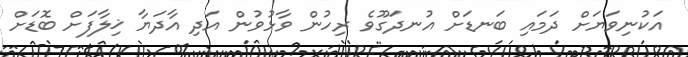
އަކުނިވަޔަށް ދަމައި ބަނޑަށް އުނދަގޫވެ ރިހުން ވާޅުވުން އަދި އާދަޔާ ޚިލާފަށް ބޮޑަށް